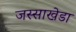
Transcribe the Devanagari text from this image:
जस्‍साखेडा